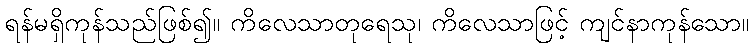
ရန်မရှိကုန်သည်ဖြစ်၍။ ကိလေသာတုရေသု၊ ကိလေသာဖြင့် ကျင်နာကုန်သော။